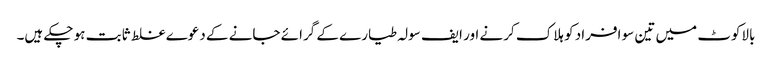
بالاکوٹ میں تین سو افراد کو ہلاک کرنے اور ایف سولہ طیارے کے گرائے جانے کے دعوے غلط ثابت ہو چکے ہیں۔